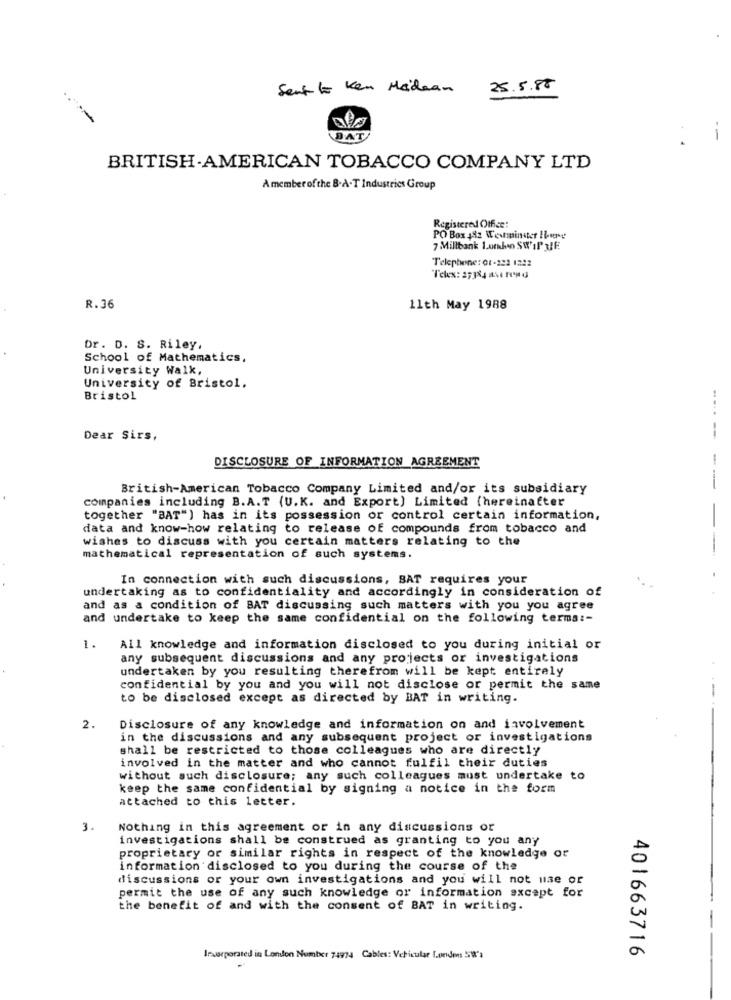
Sent to Ken Madean
25.5.88
BAT
BRITISH-AMERICAN TOBACCO COMPANY LTD
A member of the B.A.T Industries Group
Registered Office:
PO Box 482 Westminster Iburg
7 Millbank Lunken SWIP 3JE
Telephone: 01-222 1222
Teex: 2718 averony
R.36
11th May 1988
Dr. D. S. Riley.
School of Mathematics,
University Walk,
University of Bristol.
Bristol
Dear Sirs.
-----
DISCLOSURE OF INFORMATION AGREEMENT
British-American Tobacco Company Limited and/or its subsidiary
--
companies including B.A.T (U.K. and Export) Limited (hereinafter
together "BAT") has in its possession or control certain information,
data and know-how relating to release of compounds from tobacco and
-
wishes to discuss with you certain matters relating to the
mathematical representation of such systems.
In connection with such discussions, BAT requires your
undertaking as to confidentiality and accordingly in consideration of
and as a condition of BAT discussing such matters with you you agree
and undertake to keep the same confidential on the following terma :-
1.
All knowledge and information disclosed to you during initial or
any subsequent discussions and any projects or investigations
undertaken by you resulting therefrom will be kept entirely
confidential by you and you will not disclose or permit the same
to be disclosed except as directed by BAT in writing.
2.
Disclosure of any knowledge and information on and involvement
in the discussions and any subsequent project or investigations
shall be restricted to those colleagues who are directly
involved in the matter and who cannot fulfil their duties
without such disclosure; any such colleagues must undertake to
keep the same confidential by signing a notice in the form
attached to this letter.
3.
Nothing in this agreement or in any discussions or
investigations shall be construed as granting to you any
proprietary or similar rights in respect of the knowledge or
information disclosed to you during the course of the
discussions or your own investigations and you will not use or
permit the use of any such knowledge or information except for
the benefit of and with the consent of BAT in writing.
Inuseporated in London Number 74974 Cables: Vehicular London SW's
401663716